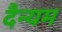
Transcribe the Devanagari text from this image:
दैन्यम